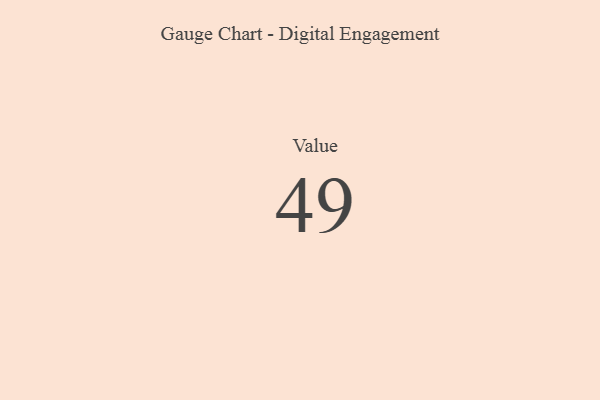
{"axis": {"x": "Metric", "y": "Value"}, "legend": [""], "data": [{"x": "Value", "y": 49, "type": ""}]}